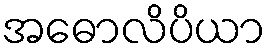
အဓောလိပိယာ